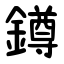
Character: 鐏